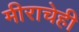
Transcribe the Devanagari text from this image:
मीराचेही